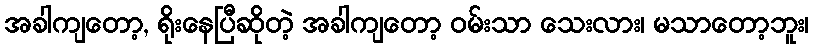
အခါကျတော့, ရိုးနေပြီဆိုတဲ့ အခါကျတော့ ဝမ်းသာ သေးလား၊ မသာတော့ဘူး၊